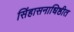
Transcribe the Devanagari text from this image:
सिंहासनाधिष्ठीत